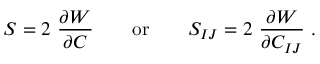
{ \boldsymbol { S } } = 2 ~ { \frac { \partial W } { \partial { \boldsymbol { C } } } } \qquad { \mathrm { o r } } \qquad S _ { I J } = 2 ~ { \frac { \partial W } { \partial C _ { I J } } } ~ .